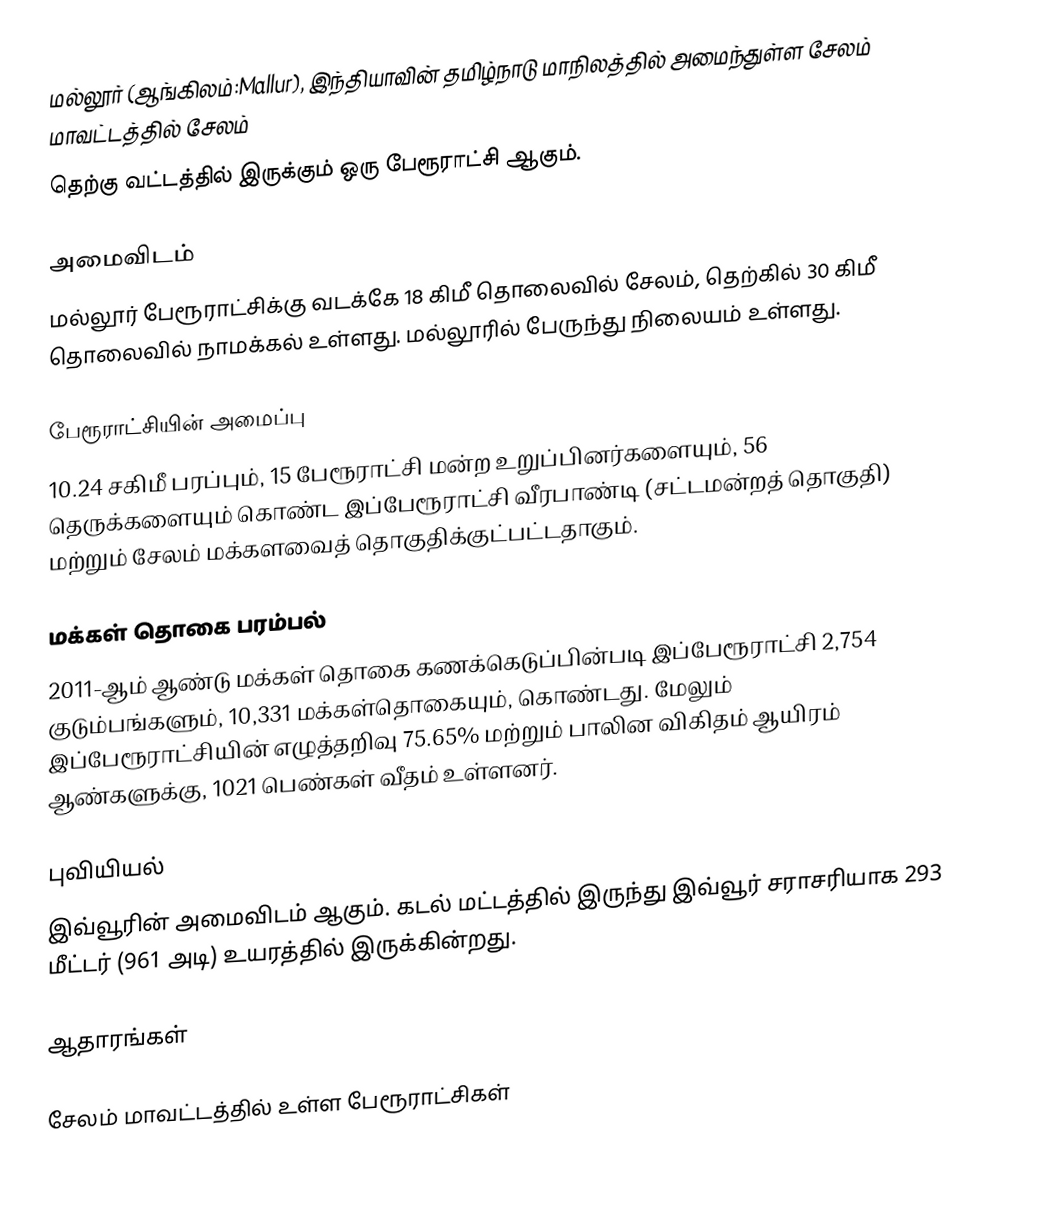
மல்லூர் (ஆங்கிலம்:Mallur), இந்தியாவின் தமிழ்நாடு மாநிலத்தில் அமைந்துள்ள சேலம் மாவட்டத்தில் சேலம்
தெற்கு வட்டத்தில்  இருக்கும் ஒரு பேரூராட்சி ஆகும்.

அமைவிடம்
மல்லூர் பேரூராட்சிக்கு வடக்கே 18 கிமீ தொலைவில் சேலம், தெற்கில் 30 கிமீ தொலைவில் நாமக்கல் உள்ளது. மல்லூரில் பேருந்து நிலையம் உள்ளது.

பேரூராட்சியின் அமைப்பு
10.24 சகிமீ பரப்பும், 15  பேரூராட்சி மன்ற உறுப்பினர்களையும்,   56 தெருக்களையும்  கொண்ட இப்பேரூராட்சி வீரபாண்டி (சட்டமன்றத் தொகுதி) மற்றும் சேலம் மக்களவைத் தொகுதிக்குட்பட்டதாகும்.

மக்கள் தொகை பரம்பல்
2011-ஆம் ஆண்டு மக்கள் தொகை கணக்கெடுப்பின்படி  இப்பேரூராட்சி   2,754 குடும்பங்களும்,  10,331 மக்கள்தொகையும், கொண்டது. மேலும் இப்பேரூராட்சியின் எழுத்தறிவு   75.65%    மற்றும்  பாலின விகிதம் ஆயிரம் ஆண்களுக்கு, 1021  பெண்கள் வீதம் உள்ளனர்.

புவியியல்
இவ்வூரின் அமைவிடம்  ஆகும். கடல் மட்டத்தில் இருந்து இவ்வூர் சராசரியாக 293 மீட்டர் (961 அடி) உயரத்தில் இருக்கின்றது.

ஆதாரங்கள்

சேலம் மாவட்டத்தில் உள்ள பேரூராட்சிகள்